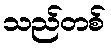
သည်တစ်